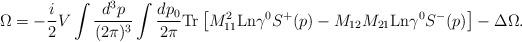
LaTeX: \begin{align*}\Omega = -\frac i 2 V \int \frac {d^3 p}{(2\pi)^3} \int\frac{dp_0}{2\pi} \mbox{Tr} \left [M^2_{11} \mbox{Ln} \gamma^0 S^+(p) -M_{12}M_{21} \mbox{Ln} \gamma^0 S^-(p) \right ] - \Delta\Omega.\end{align*}